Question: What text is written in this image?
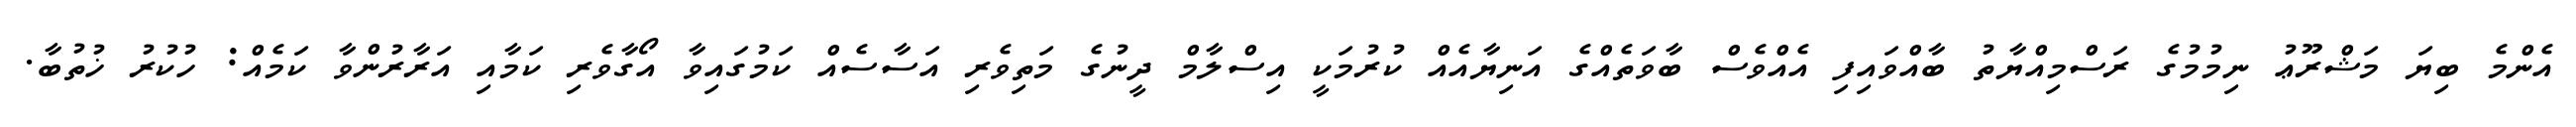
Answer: އެންމެ ބިޔަ މަޝްރޫޢު ނިމުމުގެ ރަސްމިއްޔާތު ބާއްވައިފި އެއްވެސް ބާވަތެއްގެ އަނިޔާއެއް ކުރުމަކީ އިސްލާމް ދީނުގެ މަތިވެރި އަސާސެއް ކަމުގައިވާ އޯގާވެރި ކަމާއި އަރާރުންވާ ކަމެއް: ހުކުރު ޚުތުބާ.